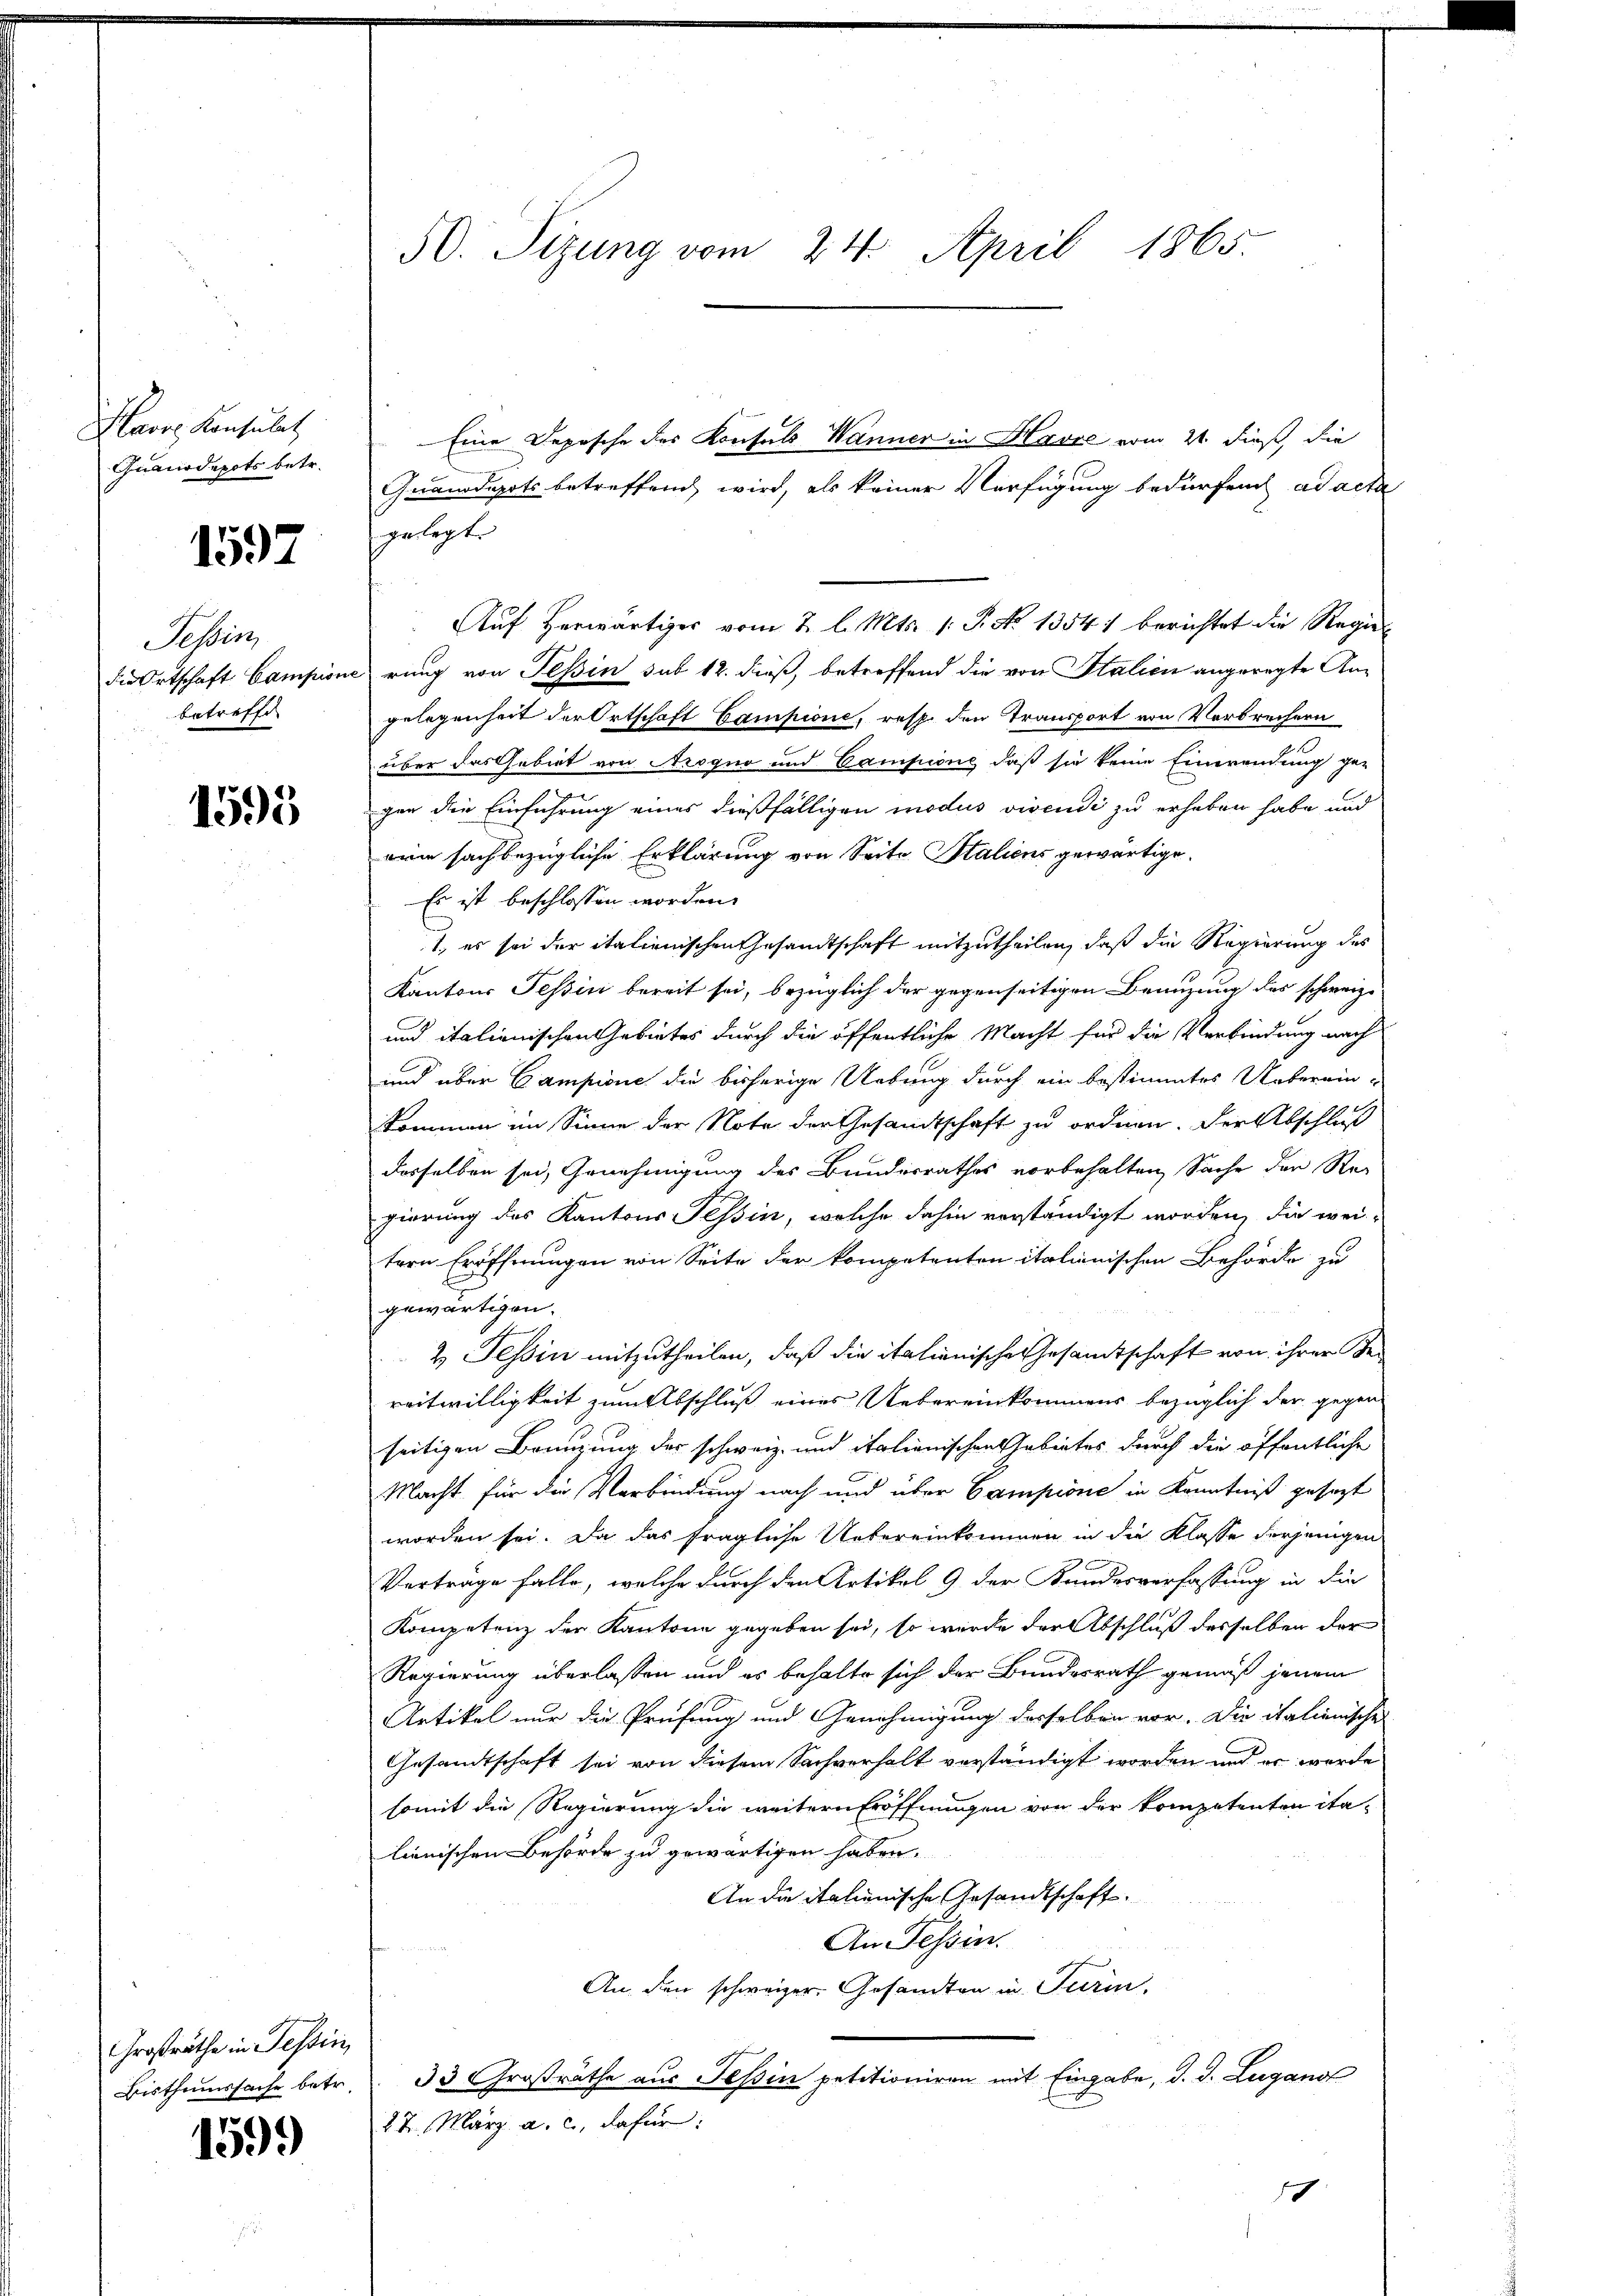
Havre Konsulat
Quanodepots betr.

1597

Tessin
die Ortschaft Campion
betreffe

1595

Großräthe in Tessin,
Bisthumssache betr.

1599)

50. Sizung vom 24. April 1865

Eine Depesche des Konsuls Wanner in Havre vom 21. dieß, die
Quanddepots betreffend wird, als keiner Verfügung bedürfend ad acta
gelegt.
Auf Herwärtiger vom 2. l. Mts. 1. P. No 1354) berichtet die Regierung von Tessin sub 12. dieß, betreffend die von Italien angeregte Angelegenheit der Ortschaft Campione, resp. den Transport von Verbrechern
über das habirt von Arogno und Campione daß sie keine Einwendung ge-
gen die Einführung eines dießfälligen modus vivendi zu erheben habe und
ern sachbezügliche Erklärung von Seite Staliens gewärtige.
Es ist beschlossen worden.
1., es sei der italienischen Gesandtschaft mitzutheilen, daß die Regierung des
Kantons Tessin bereit sei, bezüglich der gegenseitigen Branzung des schweize¬
und italienischen Gebietes durch die öffentliche Macht für die Verbindung nach
und über Campione die bisherige Uebung durch ein bestimmtes Ueberein-
kommen im Sinne der Note der Gesandtschaft zu ordnen. Der Abschluß
dasselben sei, Genehmigung des Bundesrathes vorbehalten Sache der Re-
gierung des Kantons Tessin, welche dahin verständigt worden, die weitern Eröffnungen von Seite der kompetenten italienischen Behörde zu
gewärtigen.
2. Tessin mitzutheilen, daß die italienische Gesamtschaft von ihrer Bereitwilligkeit zum Abschluß eines Uebereinkommens bezüglich der gegen
seitigen Brunzung des schweiz und italienischen Gebietes durch die öffentliche
Macht für die Verbindung nach und über Campione in Kenntniß gesezt
worden sei. Da das fragliche Uebereinkommen in die Klasse derjenigen
Vertrage falle, welche durch den Artikel 9 der Kundesverfassung in die
Kompetenz der Kantone gegeben sei, so wurde der Abschluß desselben der
Regierung überlassen und es behalte sich der Bundesrath gemäß jenem
Artikel nur die Prüfung und Genehmigung desselben vor. Die italienische
Gesandtschaft sei von diesem Sachverhalt verständigt worden und er werde
somit die Regierung die weitern Eröffnungen von der kompetenten ita-
lienischen Behörde zu gewärtigen haben.
An die italienische Gesandtschaft.
An Tessin.
An den schweizer. Gesandten in Turin,
33 Großräthe aus Teßin petitioniren mit Eingabe, d. d. Lugano
27. März a. c., dafür:
10